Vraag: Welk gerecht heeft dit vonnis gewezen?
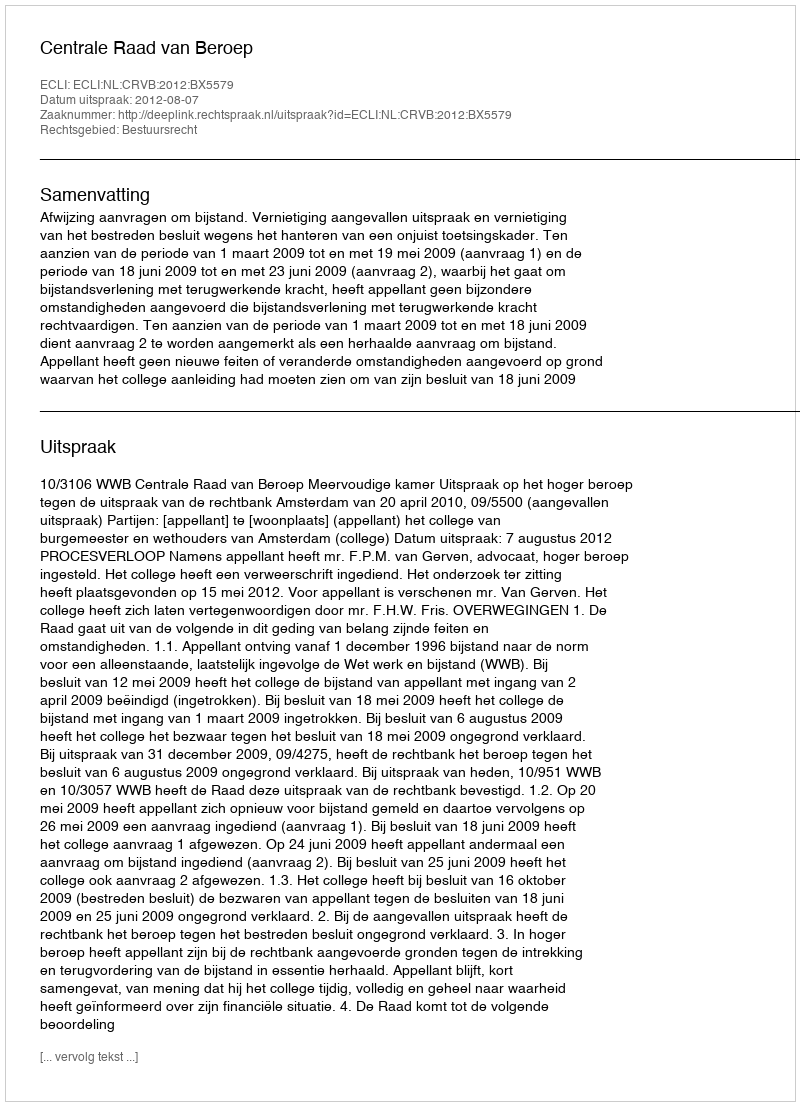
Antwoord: Centrale Raad van Beroep